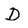
Character: D